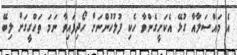
އެ މައްސަލާއާ ގުޅޭ އެކަށީގެންވާ ހެކި ފުލުހުންނަށް ހޯދިފައިވާ ނަމަ ތަހްގީގަށް ލިބޭ